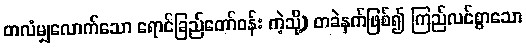
တလံမျှလောက်သော ရောင်ခြည်တော်ဝန်း ကဲ့သို့) တခဲနက်ဖြစ်၍ ကြည်လင်စွာသော